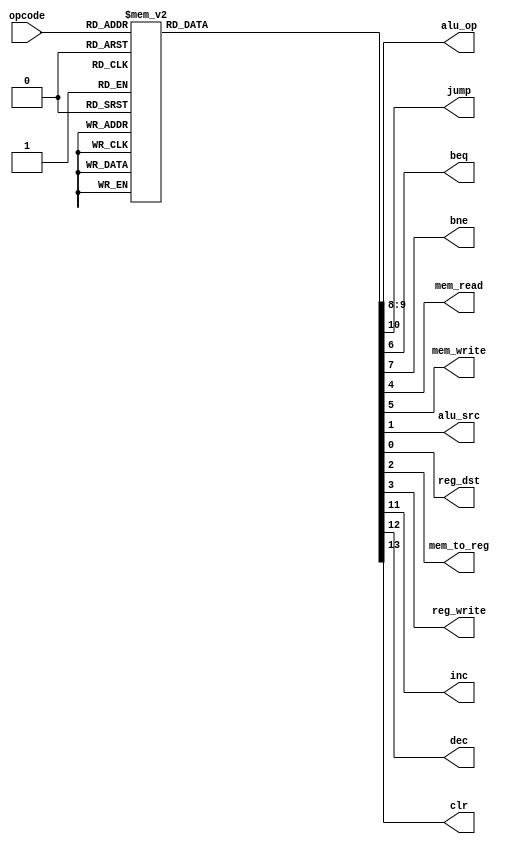
`timescale 1ns / 1ps
// fpga4student.com 
// FPGA projects, VHDL projects, Verilog projects 
// Verilog code for RISC Processor 
// Verilog code for Control Unit 
module Control_Unit(
      input[3:0] opcode,
      output reg[1:0] alu_op,
      output reg jump,beq,bne,mem_read,mem_write,alu_src,reg_dst,mem_to_reg,reg_write,inc,dec, clr    
    );


always @(*)
begin
 case(opcode) 
  4'b0000:  //NOP
   begin
    reg_dst = 1'b0;
    alu_src = 1'b0;
    mem_to_reg = 1'b0;
    reg_write = 1'b0;
    mem_read = 1'b0;
    mem_write = 1'b0;
    beq = 1'b0;
    bne = 1'b0;
    alu_op = 2'b10;
    jump = 1'b0; 
    inc = 1'b0;
	 dec = 1'b0;
	 clr = 1'b0;
   end
 4'b0001:  // LW
   begin
    reg_dst = 1'b0;
    alu_src = 1'b1;
    mem_to_reg = 1'b1;
    reg_write = 1'b1;
    mem_read = 1'b1;
    mem_write = 1'b0;
    beq = 1'b0;
    bne = 1'b0;
    alu_op = 2'b10;
    jump = 1'b0;
    inc = 1'b0;
	 dec = 1'b0;
	 clr = 1'b0;
   end
 4'b0010:  // SW
   begin
    reg_dst = 1'b0;
    alu_src = 1'b1;
    mem_to_reg = 1'b0;
    reg_write = 1'b0;
    mem_read = 1'b0;
    mem_write = 1'b1;
    beq = 1'b0;
    bne = 1'b0;
    alu_op = 2'b10;
    jump = 1'b0;
    inc = 1'b0;
	 dec = 1'b0;
	 clr = 1'b0;
   end
 4'b0011:  // data_processing add
   begin
    reg_dst = 1'b1;
    alu_src = 1'b0;
    mem_to_reg = 1'b0;
    reg_write = 1'b1;
    mem_read = 1'b0;
    mem_write = 1'b0;
    beq = 1'b0;
    bne = 1'b0;
    alu_op = 2'b00;
    jump = 1'b0;
    inc = 1'b0;
	 dec = 1'b0;
	 clr = 1'b0;
   end
 4'b0100:  // data_processing subtract
   begin
    reg_dst = 1'b1;
    alu_src = 1'b0;
    mem_to_reg = 1'b0;
    reg_write = 1'b1;
    mem_read = 1'b0;
    mem_write = 1'b0;
    beq = 1'b0;
    bne = 1'b0;
    alu_op = 2'b00;
    jump = 1'b0;
    inc = 1'b0;
    dec = 1'b0;
	 clr = 1'b0;	 
   end

 4'b0101:  // data_processing shift left
   begin
    reg_dst = 1'b1;
    alu_src = 1'b0;
    mem_to_reg = 1'b0;
    reg_write = 1'b1;
    mem_read = 1'b0;
    mem_write = 1'b0;
    beq = 1'b0;
    bne = 1'b0;
    alu_op = 2'b00;
    jump = 1'b0;
	 inc = 1'b0;
	 dec = 1'b0;
	 clr = 1'b0;
   end
 4'b0110:  // data_processing shift right
   begin
    reg_dst = 1'b1;
    alu_src = 1'b0;
    mem_to_reg = 1'b0;
    reg_write = 1'b1;
    mem_read = 1'b0;
    mem_write = 1'b0;
    beq = 1'b0;
    bne = 1'b0;
    alu_op = 2'b00;
    jump = 1'b0;
	 inc = 1'b0;
	 dec = 1'b0;
	 clr = 1'b0;
   end
 4'b0111:  // data_processing and logic
   begin
    reg_dst = 1'b1;
    alu_src = 1'b0;
    mem_to_reg = 1'b0;
    reg_write = 1'b1;
    mem_read = 1'b0;
    mem_write = 1'b0;
    beq = 1'b0;
    bne = 1'b0;
    alu_op = 2'b00;
    jump = 1'b0;  
	 inc = 1'b0; 
	 dec = 1'b0;
	 clr = 1'b0;
   end
 4'b1000:  // data_processing or logic
   begin
    reg_dst = 1'b1;
    alu_src = 1'b0;
    mem_to_reg = 1'b0;
    reg_write = 1'b1;
    mem_read = 1'b0;
    mem_write = 1'b0;
    beq = 1'b0;
    bne = 1'b0;
    alu_op = 2'b00;
    jump = 1'b0; 
    inc = 1'b0;
	 dec = 1'b0;
	 clr = 1'b0;	 
   end
 4'b1001:  // BEQ
   begin
    reg_dst = 1'b0;
    alu_src = 1'b0;
    mem_to_reg = 1'b0;
    reg_write = 1'b0;
    mem_read = 1'b0;
    mem_write = 1'b0;
    beq = 1'b1;
    bne = 1'b0;
    alu_op = 2'b01;
    jump = 1'b0;
	 inc = 1'b0;
	 dec = 1'b0;
	 clr = 1'b0;
   end
 4'b1010:  // BNE
   begin
    reg_dst = 1'b0;
    alu_src = 1'b0;
    mem_to_reg = 1'b0;
    reg_write = 1'b0;
    mem_read = 1'b0;
    mem_write = 1'b0;
    beq = 1'b0;
    bne = 1'b1;
    alu_op = 2'b01;
    jump = 1'b0;
	 inc = 1'b0;
	 dec = 1'b0;
	 clr = 1'b0;
   end
 4'b1011:  // J
   begin
    reg_dst = 1'b0;
    alu_src = 1'b0;
    mem_to_reg = 1'b0;
    reg_write = 1'b0;
    mem_read = 1'b0;
    mem_write = 1'b0;
    beq = 1'b0;
    bne = 1'b0;
    alu_op = 2'b00;
    jump = 1'b1;
	 inc = 1'b0;
	 dec = 1'b0;
	 clr = 1'b0;
   end
 4'b1100:  // increment by 1
   begin
    reg_dst = 1'b0;
    alu_src = 1'b1;
    mem_to_reg = 1'b0;
    reg_write = 1'b1;
    mem_read = 1'b0;
    mem_write = 1'b0;
    beq = 1'b0;
    bne = 1'b0;
    alu_op = 2'b10;
    jump = 1'b0;
	 inc = 1'b1;
	 dec = 1'b0;
	 clr = 1'b0;
   end
4'b1101: // decrement by 1
	 begin
    reg_dst = 1'b0;
    alu_src = 1'b1;
    mem_to_reg = 1'b0;
    reg_write = 1'b1;
    mem_read = 1'b0;
    mem_write = 1'b0;
    beq = 1'b0;
    bne = 1'b0;
    alu_op = 2'b00;
    jump = 1'b0;
	 inc = 1'b0;
	 dec = 1'b1;
	 clr = 1'b0;
   end
	
4'b1110: // CLR
	 begin
    reg_dst = 1'b0;
    alu_src = 1'b1;
    mem_to_reg = 1'b0;
    reg_write = 1'b1;
    mem_read = 1'b0;
    mem_write = 1'b0;
    beq = 1'b0;
    bne = 1'b0;
    alu_op = 2'b00;
    jump = 1'b0;
	 inc = 1'b0;
	 dec = 1'b0;
	 clr = 1'b1;
   end

	
		
 default: begin
    reg_dst = 1'b1;
    alu_src = 1'b0;
    mem_to_reg = 1'b0;
    reg_write = 1'b1;
    mem_read = 1'b0;
    mem_write = 1'b0;
    beq = 1'b0;
    bne = 1'b0;
    alu_op = 2'b00;
    jump = 1'b0;
	 inc = 1'b0;
	 dec = 1'b0;
	 clr = 1'b0; 
   end
 endcase
 end

endmodule